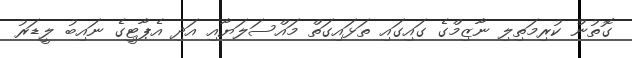
ގޮތުން ކުރިމަތިލި ނާޒިމްގެ ގައިގައި ތަޅައިގަތް މައްސަލަޔާއި އަދި އެޕާޓީގެ ނައިބު ލީޑަރު